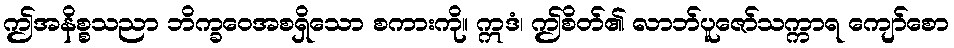
ဤအနိစ္စသညာ ဘိက္ခဝေအစရှိသော စကားကို။ ဣဒံ၊ ဤစိတ်၏ လာဘ်ပူဇော်သက္ကာရ ကျော်စော